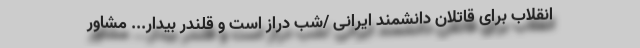
انقلاب برای قاتلان دانشمند ایرانی /شب دراز است و قلندر بیدار... مشاور